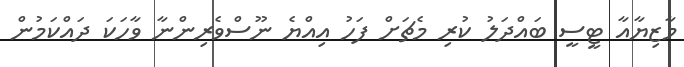
މާޒިޔާއާ ޓީސީ ބައްދަލު ކުރި މެޗަށް ފަހު އިއްޔެ ނޫސްވެރިންނާ ވާހަކަ ދައްކަމުން